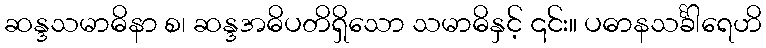
ဆန္ဒသမာဓိနာ စ၊ ဆန္ဒအဓိပတိရှိသော သမာဓိနှင့် ၎င်း။ ပဓာနသင်္ခါရေဟိ